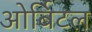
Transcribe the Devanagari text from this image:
ओर्बिटल